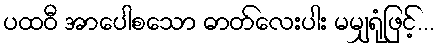
ပထဝီ အာပေါစသော ဓာတ်လေးပါး မမျှရုံဖြင့်...